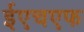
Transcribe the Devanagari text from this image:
ईएचएफ